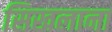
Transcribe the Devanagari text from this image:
सिखलाना